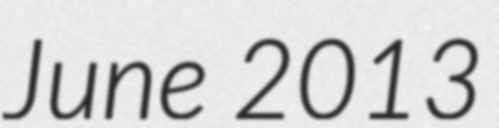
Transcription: June 2013